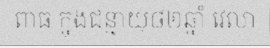
ពាធ ក្នុងជន្មាយុ៨២ឆ្នាំ វេលា